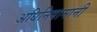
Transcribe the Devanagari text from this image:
अधिनियामानी